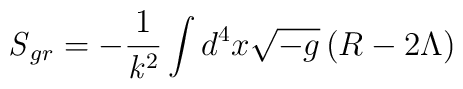
{\it S}_{gr}  =  - \frac{1}{{\it k}^2} \int d^4 x \sqrt{-g}\left(R  - 2 \Lambda \right)